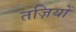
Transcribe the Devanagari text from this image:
तज़ियों